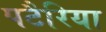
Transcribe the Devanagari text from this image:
पटैरिया